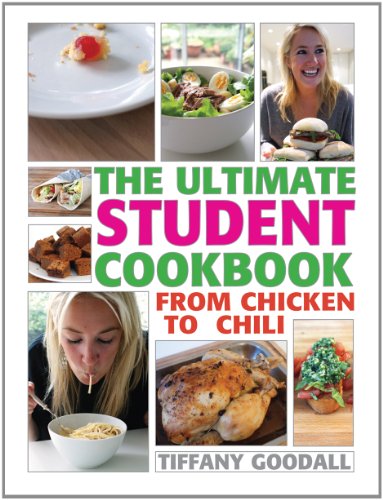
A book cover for The Ultimate Student Cookbook: From Chicken to Chili; Tiffany Goodall; Cookbooks, Food & Wine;